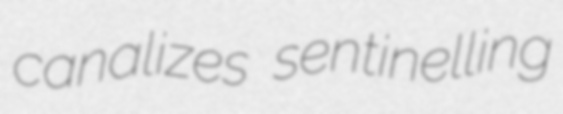
canalizes sentinelling